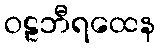
ဝဠဘီရထေန